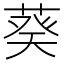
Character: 葵